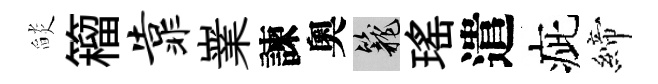
𦦨籕靠嶪諫奧籠瑤遣疵締